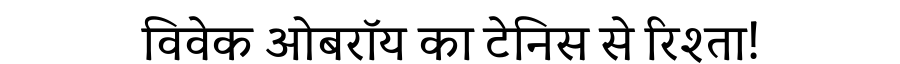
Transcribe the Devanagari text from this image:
विवेक ओबरॉय का टेनिस से रिश्ता!